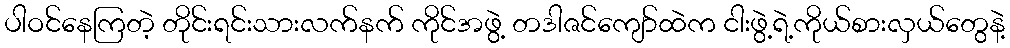
ပါဝင်နေကြတဲ့ တိုင်းရင်းသားလက်နက် ကိုင်အဖွဲ့ တဒါဇင်ကျော်ထဲက ငါးဖွဲ့ရဲ့ကိုယ်စားလှယ်တွေနဲ့